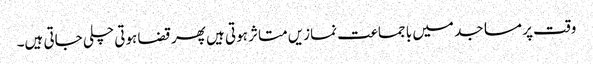
وقت پر مساجد میں با جماعت نمازیں متاثر ہوتی ہیں پھر قضا ہوتی چلی جاتی ہیں۔